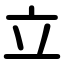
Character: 立